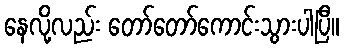
နေလို့လည်း တော်တော်ကောင်းသွားပါပြီ။